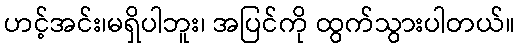
ဟင့်အင်း၊မရှိပါဘူး၊ အပြင်ကို ထွက်သွားပါတယ်။